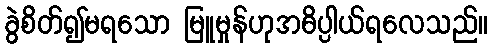
ခွဲစိတ်၍မရသော မြူမှုန်ဟုအဓိပ္ပါယ်ရလေသည်။